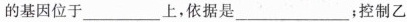
的基因位于___上，依据是___；控制乙